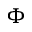
\Phi